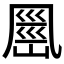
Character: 𭂹